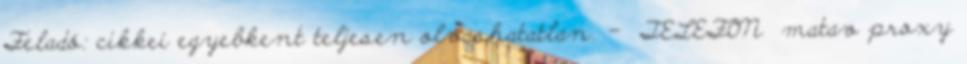
Feladó: cikkei egyebkent teljesen olvashatatlan. - TELEFON matav proxy